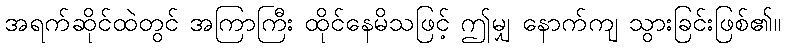
အရက်ဆိုင်ထဲတွင် အကြာကြီး ထိုင်နေမိသဖြင့် ဤမျှ နောက်ကျ သွားခြင်းဖြစ်၏။